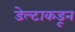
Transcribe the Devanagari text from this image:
डेल्टाकडून